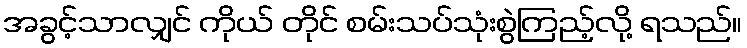
အခွင့်သာလျှင် ကိုယ် တိုင် စမ်းသပ်သုံးစွဲကြည့်လို့ ရသည်။